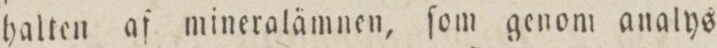
halten af mineralämnen, ſom genom analys